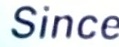
Since